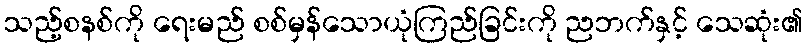
သည့်စနစ်ကို ရေးမည် စစ်မှန်သောယုံကြည်ခြင်းကို ညဘက်နှင့် သေဆုံး၏